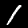
Digit: 1